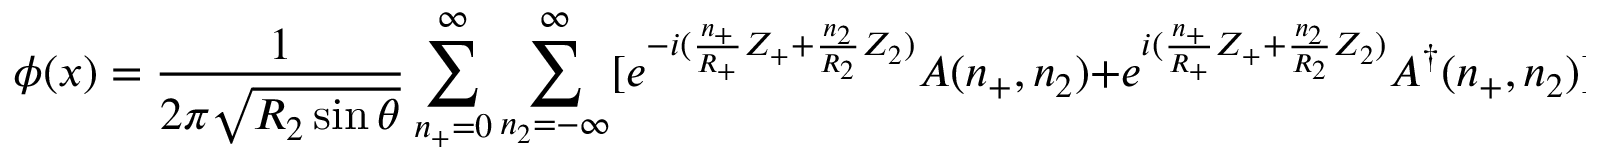
\phi ( x ) = \frac { 1 } { 2 \pi \sqrt { R _ { 2 } \sin \theta } } \sum _ { n _ { + } = 0 } ^ { \infty } \sum _ { n _ { 2 } = - \infty } ^ { \infty } [ e ^ { - i ( \frac { n _ { + } } { R _ { + } } Z _ { + } + \frac { n _ { 2 } } { R _ { 2 } } Z _ { 2 } ) } A ( n _ { + } , n _ { 2 } ) + e ^ { i ( \frac { n _ { + } } { R _ { + } } Z _ { + } + \frac { n _ { 2 } } { R _ { 2 } } Z _ { 2 } ) } A ^ { \dagger } ( n _ { + } , n _ { 2 } ) { ] } \, ,